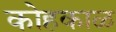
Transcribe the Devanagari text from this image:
कोहकाळ